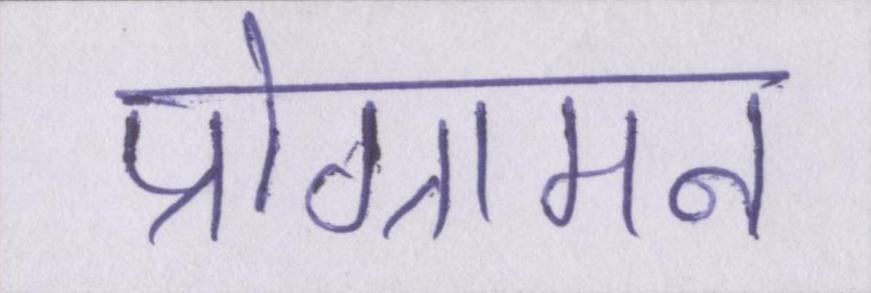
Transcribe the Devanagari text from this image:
प्रोग्रामन